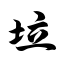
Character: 垃